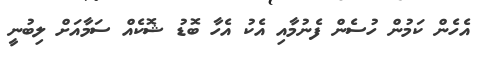
އެހެން ކަމުން ހުސެން ފެނުމާއި އެކު އެހާ ބޮޑު ޝޮކެއް ސަމާއަށް ލިބުނީ